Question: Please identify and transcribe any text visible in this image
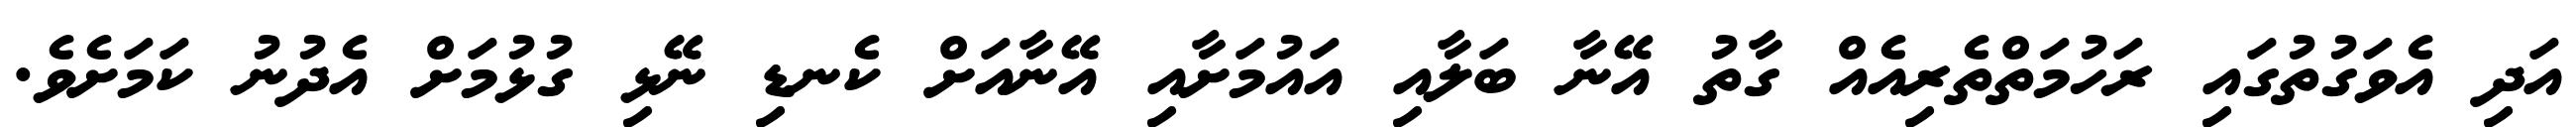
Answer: އަދި އެވަގުތުގައި ރަހުމަތްތެރިއެއް ގާތު އޭނާ ބަލާއި އައުމަށާއި އޭނާއަށް ކެނޑި ނޭޅި ގުޅުމަށް އެދުނު ކަމަށެވެ.